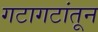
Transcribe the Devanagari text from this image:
गटागटांतून